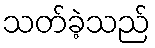
သတ်ခဲ့သည်